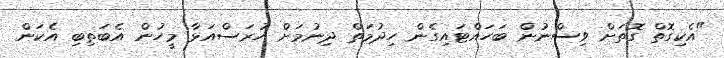
"އެކިގޮތް ގޮތަށް ވިސްނުން ބަހައްޓައިގެން ހިދުމަތް ދިނުމަށް ހުރަސްއަޅާ މީހުން އެބަތިބި އެކަން